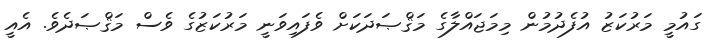
ގައުމީ މަރުކަޒު އުފެދުމުން މިމަޖައްލާގެ މަޤްޞަދަކަށް ވެފައިވަނީ މަރުކަޒުގެ ވެސް މަޤްޞަދެވެ. އެއީ